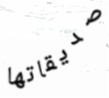
صديقاتها